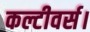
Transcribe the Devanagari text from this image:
कल्टीवर्स।